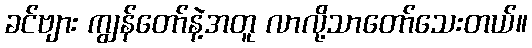
ခင်ဗျား ကျွန်တော်နဲ့အတူ လာလို့သာတော်သေးတယ်။